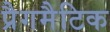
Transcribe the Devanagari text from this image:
प्रैगमैटिक